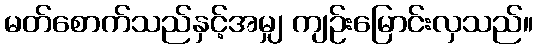
မတ်စောက်သည်နှင့်အမျှ ကျဉ်းမြောင်းလှသည်။